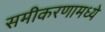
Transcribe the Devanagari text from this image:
समीकरणामध्ये